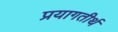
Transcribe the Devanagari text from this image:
प्रयागतीर्थ